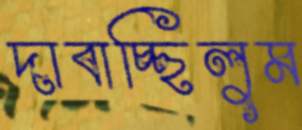
দাবাচ্ছিলুম